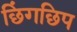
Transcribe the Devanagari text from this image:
छिंगछिप